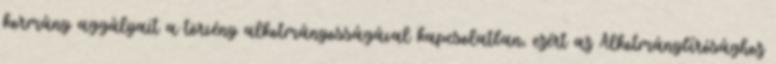
kormány aggályait a törvény alkotmányosságával kapcsolatban, ezért az Alkotmánybírósághoz